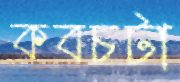
কবচটা